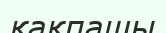
қақпашы